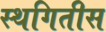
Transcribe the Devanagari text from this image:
स्थगितीस